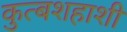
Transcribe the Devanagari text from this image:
कुत्बशहाशी